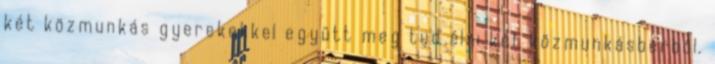
két közmunkás gyerekekkel együtt meg tud élni két közmunkásbérből.